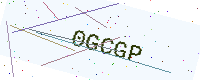
Text: 0GCGP